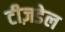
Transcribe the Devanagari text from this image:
टीज़डेल